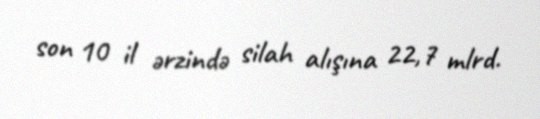
son 10 il ərzində silah alışına 22,7 mlrd.